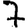
Digit: 7